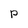
Character: P